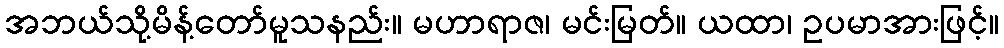
အဘယ်သို့မိန့်တော်မူသနည်း။ မဟာရာဇ၊ မင်းမြတ်။ ယထာ၊ ဥပမာအားဖြင့်။